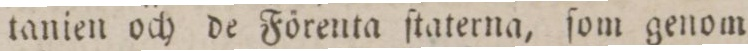
tanien och de Förenta ſtaterna, ſom genom